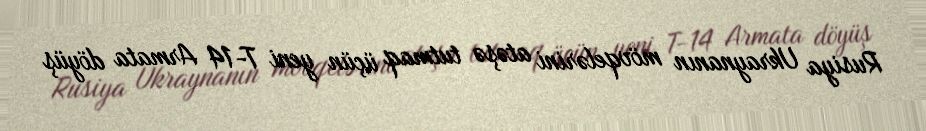
Rusiya Ukraynanın mövqelərini atəşə tutmaq üçün yeni T-14 Armata döyüş